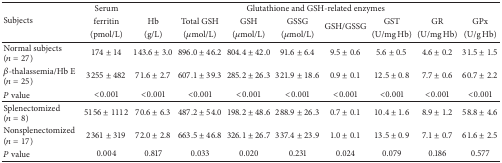
<table><thead><tr><td rowspan="3"><b>Subjects</b></td><td><b>Serum</b></td><td colspan="8"><b>Glutathione and GSH-related enzymes</b></td></tr><tr><td><b>ferritin</b></td><td><b>Hb</b></td><td><b>Total GSH</b></td><td><b>GSH</b></td><td><b>GSSG</b></td><td rowspan="2"><b>GSH/GSSG</b></td><td><b>GST</b></td><td><b>GR</b></td><td><b>GPx</b></td></tr><tr><td><b>(pmol/L)</b></td><td><b>(g/L)</b></td><td><b>(<i>μ</i>mol/L)</b></td><td><b>(<i>μ</i>mol/L)</b></td><td><b>(<i>μ</i>mol/L)</b></td><td><b>(U/mg Hb)</b></td><td><b>(U/mg Hb)</b></td><td><b>(U/g Hb)</b></td></tr></thead><tbody><tr><td>Normal subjects (<i>n</i> = 27)</td><td>174 ± 14</td><td>143.6 ± 3.0</td><td>896.0 ± 46.2</td><td>804.4 ± 42.0</td><td>91.6 ± 6.4</td><td>9.5 ± 0.6</td><td>5.6 ± 0.5</td><td>4.6 ± 0.2</td><td>31.5 ± 1.5</td></tr><tr><td><i>β</i>-thalassemia/Hb E (<i>n</i> = 25)</td><td>3255 ± 482</td><td>71.6 ± 2.7</td><td>607.1 ± 39.3</td><td>285.2 ± 26.3</td><td>321.9 ± 18.6</td><td>0.9 ± 0.1</td><td>12.5 ± 0.8</td><td>7.7 ± 0.6</td><td>60.7 ± 2.2</td></tr><tr><td><i>P</i> value</td><td>&lt;0.001</td><td>&lt;0.001</td><td>&lt;0.001</td><td>&lt;0.001</td><td>&lt;0.001</td><td>&lt;0.001</td><td>&lt;0.001</td><td>&lt;0.001</td><td>&lt;0.001</td></tr><tr><td>Splenectomized (<i>n</i> = 8)</td><td>5156 ± 1112</td><td>70.6 ± 6.3</td><td>487.2 ± 54.0</td><td>198.2 ± 48.6</td><td>288.9 ± 26.3</td><td>0.7 ± 0.1</td><td>10.4 ± 1.6</td><td>8.9 ± 1.2</td><td>58.8 ± 4.6</td></tr><tr><td>Nonsplenectomized (<i>n</i> = 17)</td><td>2361 ± 319</td><td>72.0 ± 2.8</td><td>663.5 ± 46.8</td><td>326.1 ± 26.7</td><td>337.4 ± 23.9</td><td>1.0 ± 0.1</td><td>13.5 ± 0.9</td><td>7.1 ± 0.7</td><td>61.6 ± 2.5</td></tr><tr><td><i>P</i> value</td><td>0.004</td><td>0.817</td><td>0.033</td><td>0.020</td><td>0.231</td><td>0.024</td><td>0.079</td><td>0.186</td><td>0.577</td></tr></tbody></table>